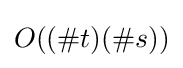
O((\#t)(\#s))